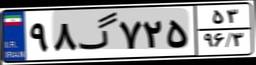
۹۸گ۷۲۵۵۳